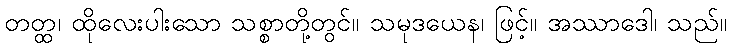
တတ္ထ၊ ထိုလေးပါးသော သစ္စာတို့တွင်။ သမုဒယေန၊ ဖြင့်။ အဿာဒေါ၊ သည်။